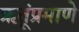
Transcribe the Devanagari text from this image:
ऋतूंप्रमाणे